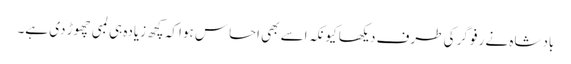
بادشاہ نے رفو گر کی طرف دیکھا کیونکہ اسے بھی احساس ہوا کہ کچھ زیادہ ہی لمبی چھوڑ دی ہے۔